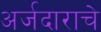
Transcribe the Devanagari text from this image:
अर्जदाराचे